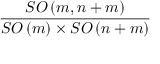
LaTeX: \frac { S O \left( m , n + m \right) } { S O \left( m \right) \times S O \left( n + m \right) }